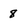
Character: 8